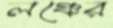
লঞ্চের